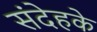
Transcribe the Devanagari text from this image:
संदेहके